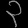
Digit: ၃